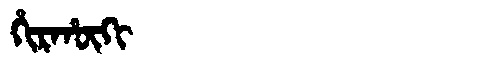
Manchu: ᡥᡳᡵᡥᡡᡴᡳ
Romanization: HIRHŪKI